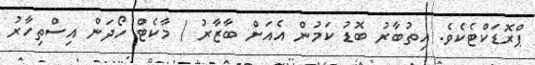
ޕްރޮޑަކްޓެކެވެ. އިތުބާރު ބޮޑު ކަމުން އެއަށް ބާޒާރު / މާކެޓް ހޯދަން އިސްތިހާރު